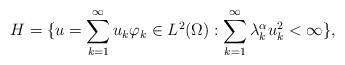
LaTeX: \begin{align*}H=\{u=\sum_{k=1}^\infty u_k\varphi_k\in L^2(\Omega): \sum_{k=1}^\infty \lambda_k^{\alpha}u_k^2<\infty\},\end{align*}